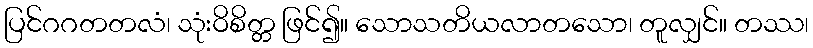
ပြင်ဂဂတတလံ၊ သုံးဝိစိတ္တ ဖြင်၍။ သောသတိယလာတသော၊ တူလျှင်။ တဿ၊